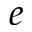
e